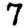
Digit: 7